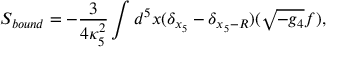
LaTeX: S _ { b o u n d } = - \frac { 3 } { 4 \kappa _ { 5 } ^ { 2 } } \int d ^ { 5 } x ( \delta _ { x _ { 5 } } - \delta _ { x _ { 5 } - R } ) ( \sqrt { - g _ { 4 } } f ) ,